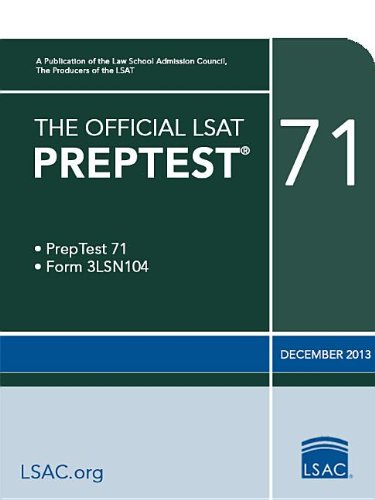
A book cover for The Official LSAT PrepTest 71; Law School Admission Council; Test Preparation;